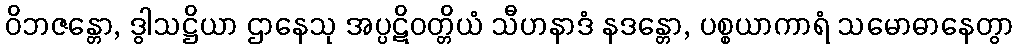
ဝိဘဇန္တော, ဒွါသဋ္ဌိယာ ဌာနေသု အပ္ပဋိဝတ္တိယံ သီဟနာဒံ နဒန္တော, ပစ္စယာကာရံ သမောဓာနေတွာ